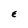
Character: E